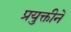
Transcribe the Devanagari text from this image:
प्रयुक्तीने